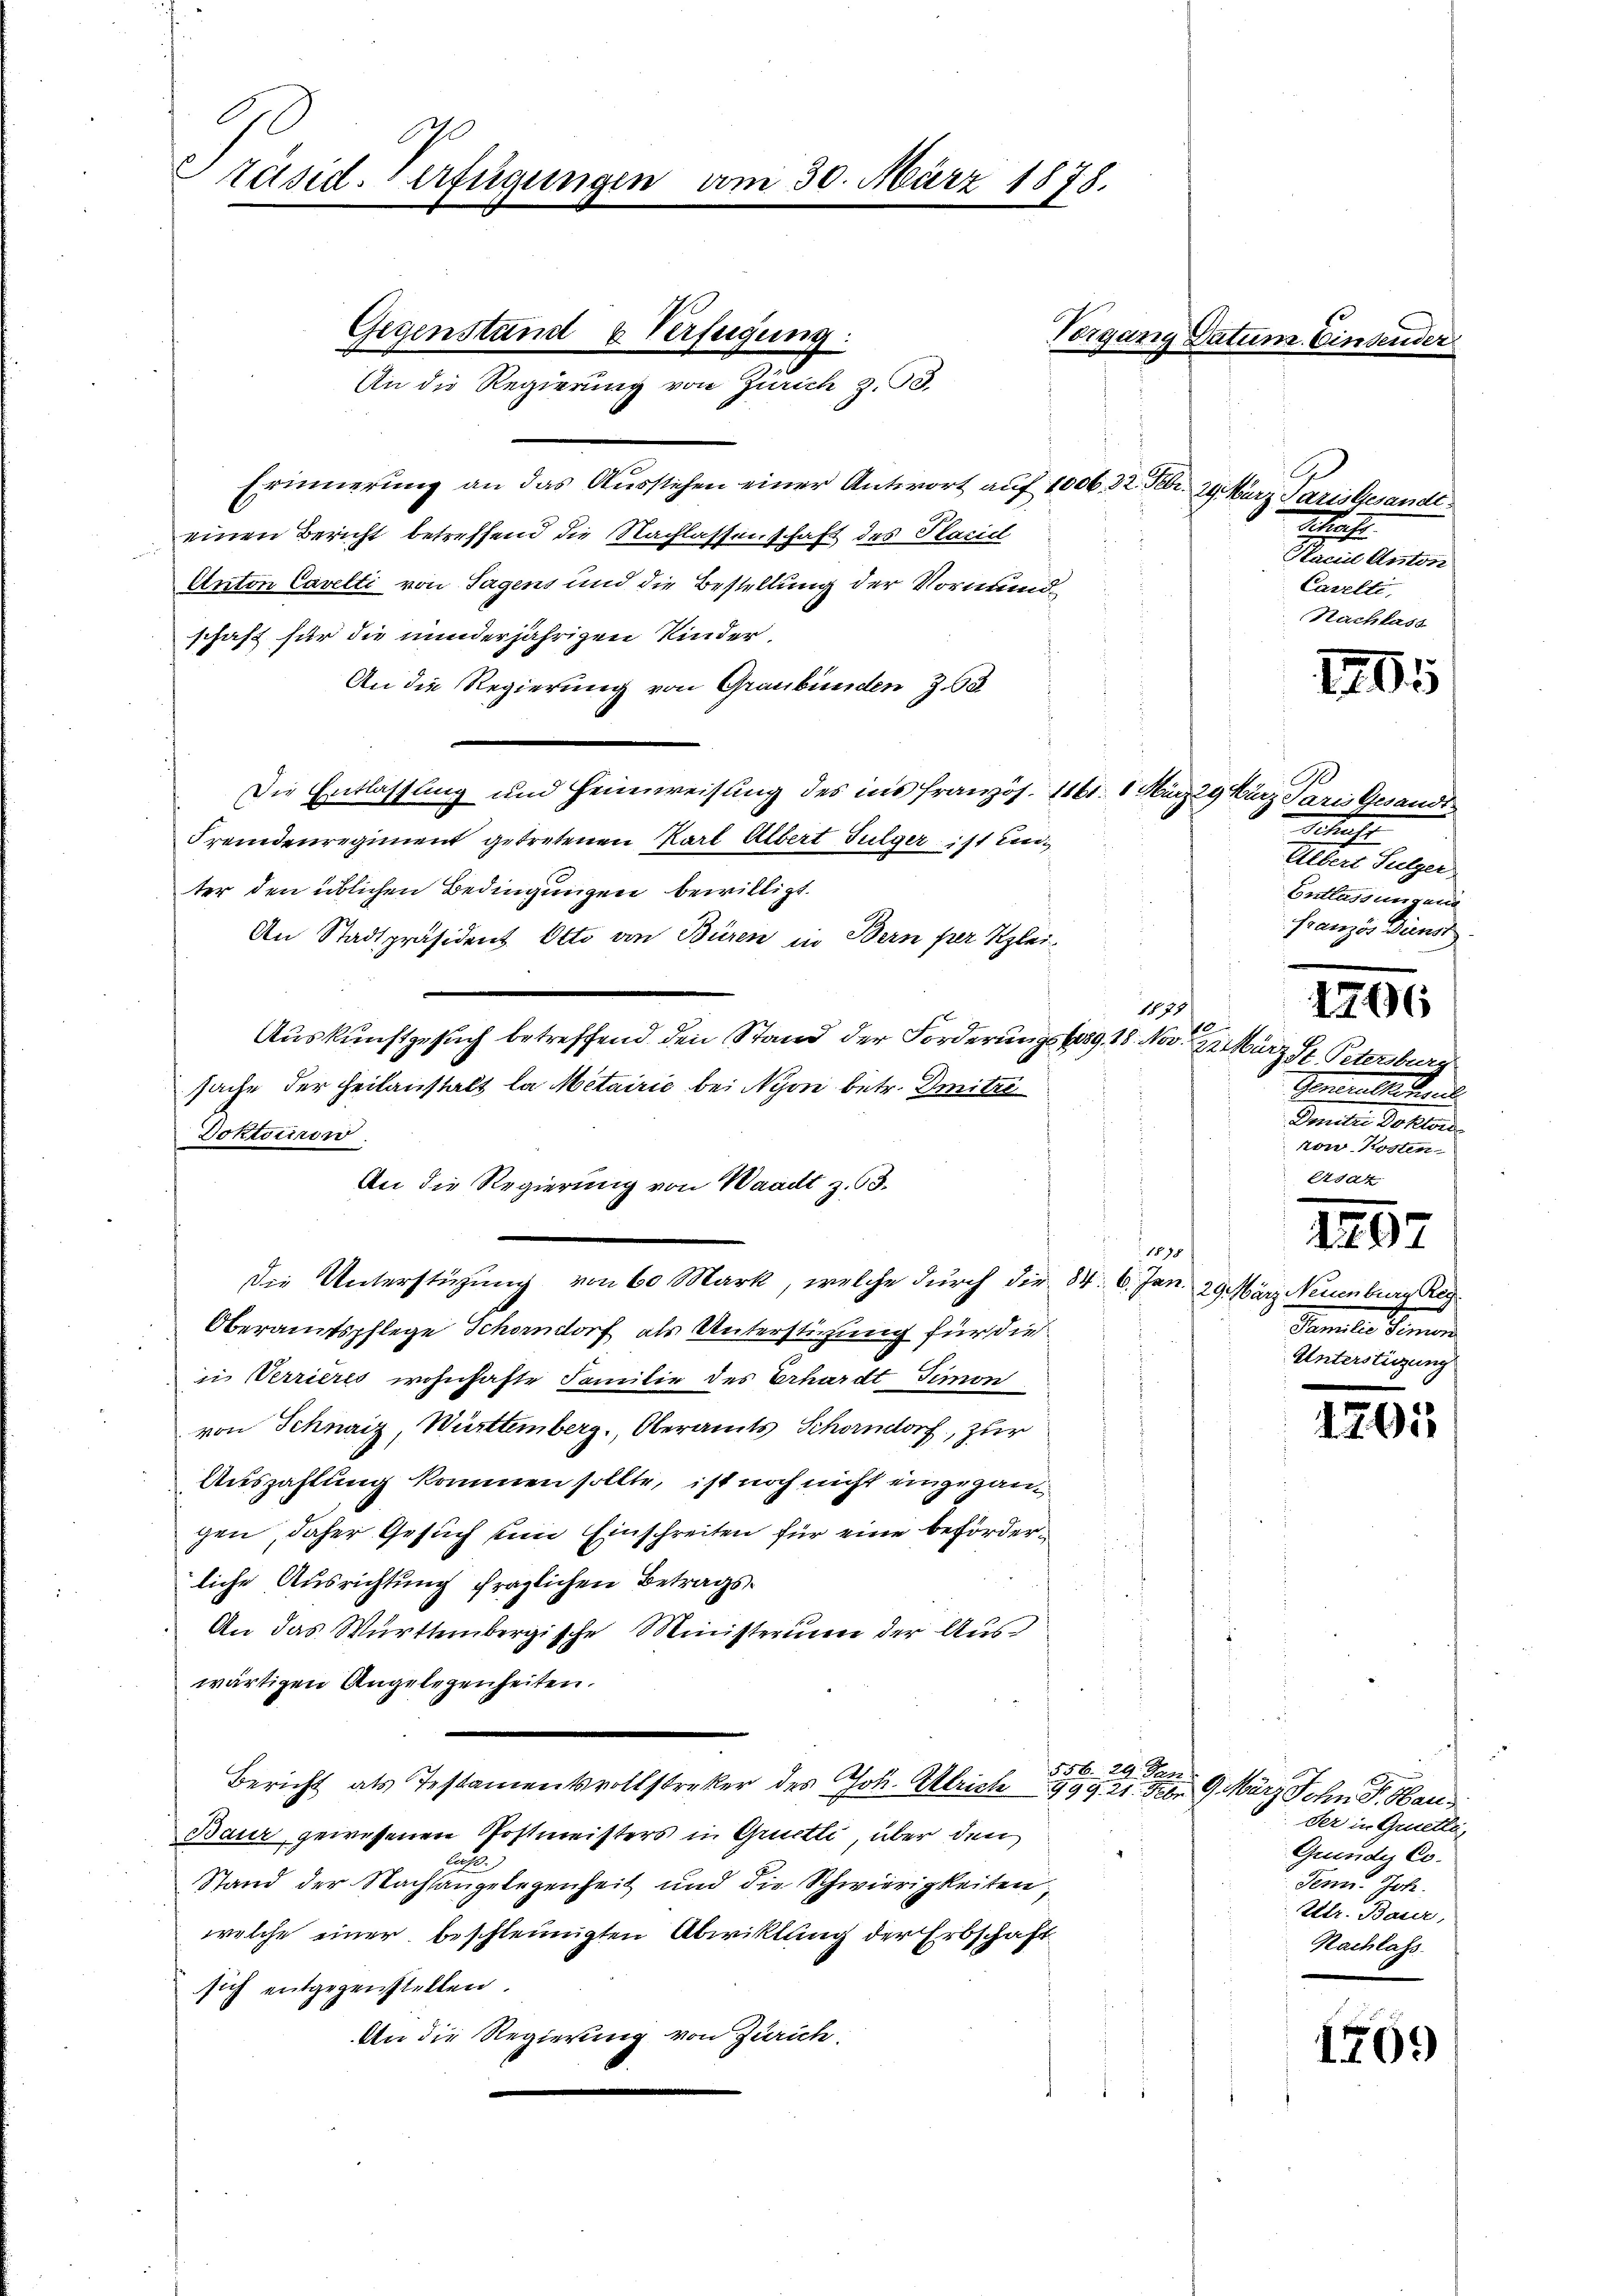
Präsid. erfügungs

Erinnerung an das Ausstehen einer Antwort auf 1006 32. Febr. 29. März Paris Gesandteinen Bericht betreffend die Nachlassenschaft des Placiel
Anton Cavelti von Tagens und die Bestellung der Vormundschaft für die minderjährigen Kinder.
An die Regierung von Graubünden 3. 68
Die Entlassung und Heimweisung des ins Französ. 1161. 1. Marzig Kurz Paris Gesandt
Fremdenregiment getretenen Karl Albert Sulger ist Einter den üblichen Bedingungen bewilligt.
An Stadtpräsident Otto an Büren in Bern per Klei¬
1478
f
Auskunftgesuch betreffend den Stand der Forderungslos. 18. Nov. 2. März St. Petersburg
sache der Heilanstalt la Metairić bei Nyon betr. mitzi
Doktoriren.
An die Regierung von Waadt z. 63.
¬
1888
Die Unterstüzung von 60 Mark, welche durch die 34. 6. Jan. 29. März Neuenburg Rec
Oberamtspflege Schordorf als Unterstüzung für die
in Verrieres wohnhafte Familie des Erhardt Simon
von Schnaiz, Württemberg, Oberamts Schorndorf, zur
Auszahlung kommen sollte, ist noch nicht eingegangen, daher Gesuch ein Einschreiten für eine beförderliche Ausrichtung fraglichen Betrags¬
An das Württembergische Ministerium der Auswärtigen Angelegenheiten.
556. 29. Jan
Bericht als Testamentsvollstreker des Joh. Ulrich 999, 21. Den 9. März Sohn. F. Hau
Baur gewesenen Postmeisters in Gruetti, über den
A
Stand der Nachsangelegenheit und die Schwierigkeiten
welche einer beschleunigten Abwiklung der Erbschaft
sich entgegenstellen.
An die Regierung von Zürich:

Gegenstand u Verfügung:
An die Regierung von Zürich z. B.

30. März 1878.

Vorgang Datum. Einsender

Schrift
Placidl Asston
Carelti,
Nachlass

1205

Schaft
ehnen erger
Entlassungen
Französ Dienst
e
1706
Sommen behand
Seiter Voller
ron-Kosten.
Esaz

Stammte Gemein
Unterstützung

1497

1291

der in Gruette,
Grundes Co
Tenn. Joh.
Ettr. Baur,
Nachlass

1709